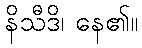
နိသီဒိ၊ နေ၏။